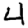
Digit: 4